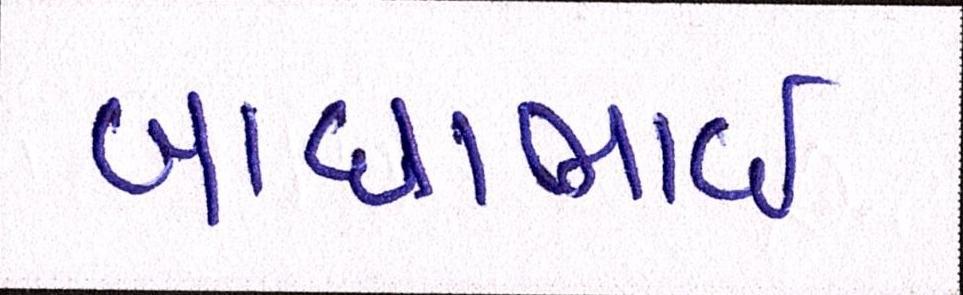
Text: બાઘાભાઇ